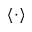
\langle \cdot \rangle